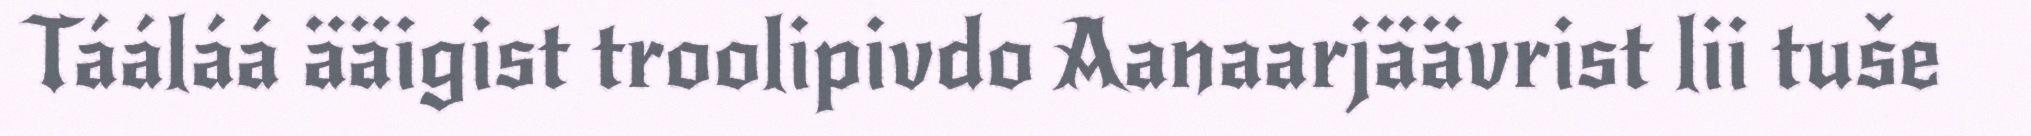
Tááláá ääigist troolipivdo Aanaarjäävrist lii tuše